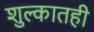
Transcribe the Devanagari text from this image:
शुल्कातही